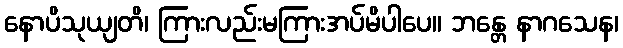
နောပိသုယျတိ၊ ကြားလည်းမကြားအပ်မိပါပေ။ ဘန္တေ နာဂသေန၊